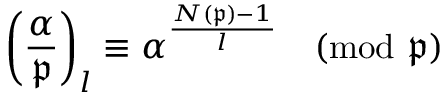
\left( { \frac { \alpha } { \mathfrak { p } } } \right) _ { l } \equiv \alpha ^ { \frac { N ( { \mathfrak { p } } ) - 1 } { l } } { \pmod { \mathfrak { p } } }